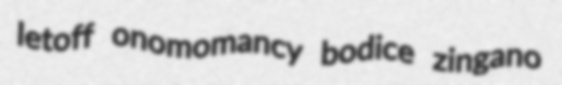
letoff onomomancy bodice zingano